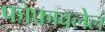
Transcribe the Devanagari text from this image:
फोफावलेलं